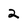
Character: 2